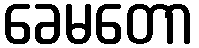
ခေမတော